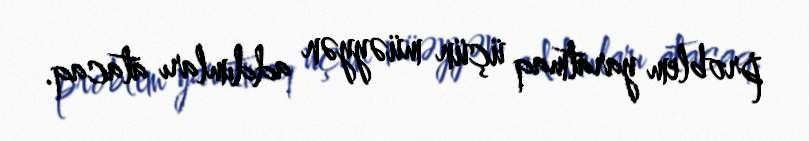
problem yaratmaq üçün müəyyən addımları atacaq.